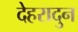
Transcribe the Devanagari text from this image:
देहरादुन